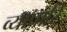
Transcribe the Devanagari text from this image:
व्यापारि